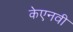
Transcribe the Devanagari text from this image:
केएनवी